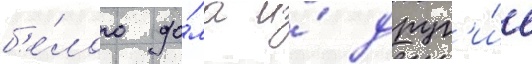
б'е́лого до́ма и́ друг'и́е